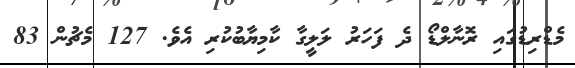
މެޑްރިޑުގައި ރޮނާލްޑޯ ދެ ފަހަރު ލަލީގާ ކާމިޔާބުކުރި އެވެ. 127 މެޗުން 83